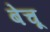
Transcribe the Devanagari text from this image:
बेचू